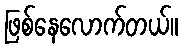
ဖြစ်နေလောက်တယ်။